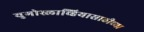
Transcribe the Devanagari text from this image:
युगोस्लाव्हियासाठीच्या